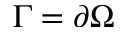
\Gamma = \partial \Omega